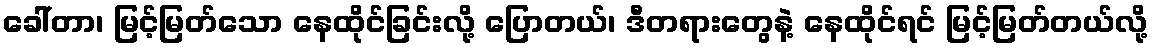
ခေါ်တာ၊ မြင့်မြတ်သော နေထိုင်ခြင်းလို့ ပြောတယ်၊ ဒီတရားတွေနဲ့ နေထိုင်ရင် မြင့်မြတ်တယ်လို့